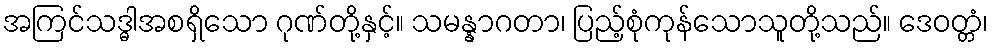
အကြင်သဒ္ဓါအစရှိသော ဂုဏ်တို့နှင့်။ သမန္နာဂတာ၊ ပြည့်စုံကုန်သောသူတို့သည်။ ဒေဝတ္တံ၊